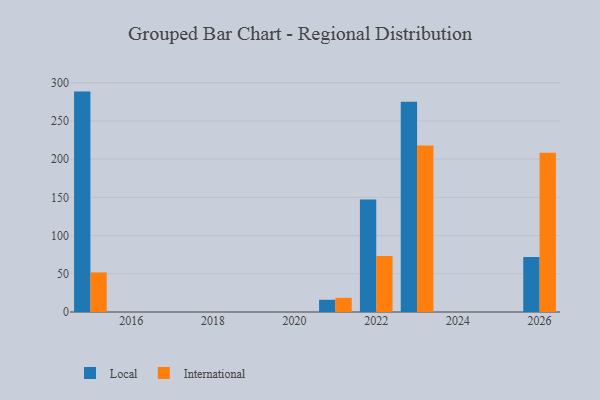
{"axis": {"x": "Year", "y": "Market Share (%)"}, "legend": ["International", "Local"], "data": [{"x": "2026", "y": 72.0, "type": "Local"}, {"x": "2026", "y": 208.4, "type": "International"}, {"x": "2022", "y": 147.3, "type": "Local"}, {"x": "2022", "y": 73.3, "type": "International"}, {"x": "2021", "y": 16.0, "type": "Local"}, {"x": "2021", "y": 18.5, "type": "International"}, {"x": "2023", "y": 275.0, "type": "Local"}, {"x": "2023", "y": 217.9, "type": "International"}, {"x": "2015", "y": 288.3, "type": "Local"}, {"x": "2015", "y": 51.8, "type": "International"}]}